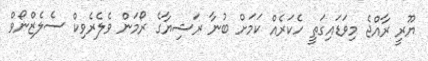
ޔޫރީ ރާއްޖެ މިވަޑައިގަތީ ހެކަރެއް ކަމަށް ބުނާ ރަޝިޔާގެ ރޯމަން ވެލެރެވިކް ސެލެޒްނޯވް